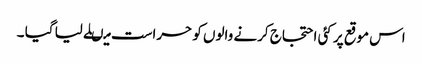
اس موقع پر کئی احتجاج کرنے والوں کو حراست میںلے لیا گیا ۔